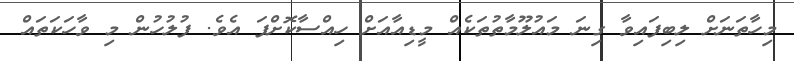
މިހާތަނަށް ލިބިފައިވާ ގިނަ މައުލޫމާތުތަކެއް މީޑިއާއަށް ހިއްސާކޮށްފަ އެވެ. ފުލުހުން މި ވާހަކަތައް